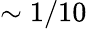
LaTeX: \sim 1/10